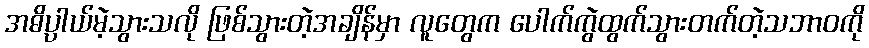
အဓိပ္ပာယ်မဲ့သွားသလို ဖြစ်သွားတဲ့အချိန်မှာ လူတွေက ပေါက်ကွဲထွက်သွားတက်တဲ့သဘာ၀ကို